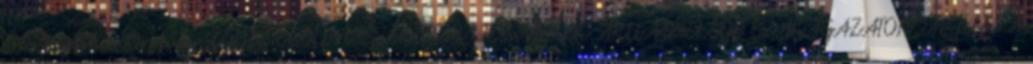
Statisztikai Osztály. EGYES ÉLELMISZERIPARI TERMÉKEK ÁRUMÉRLEGE SZAKÁGAZATONKÉNT félév A